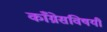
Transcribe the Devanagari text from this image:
काँग्रेसविषयी